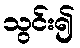
သွင်း၍